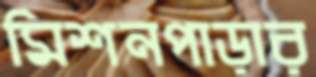
মিশনপাড়ার